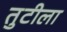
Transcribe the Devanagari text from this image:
तुटीला